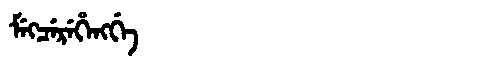
Manchu: ᠮᡝᡴᠴᡝᡵᡝᡥᡝᠩᡤᡝ
Romanization: MEKCEREHENGGE